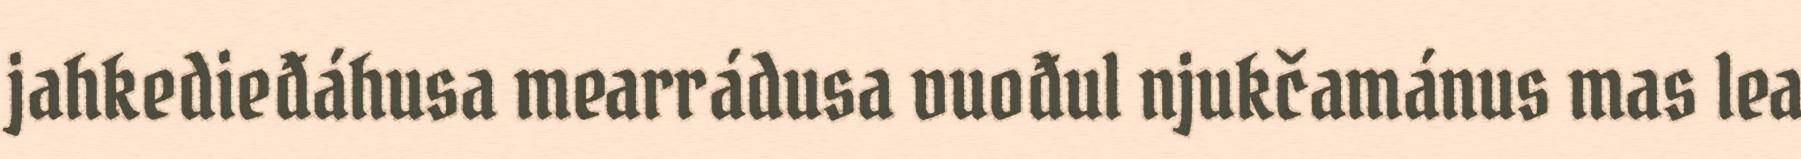
jahkedieđáhusa mearrádusa vuođul njukčamánus mas lea